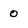
Character: 0